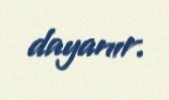
dayanır.